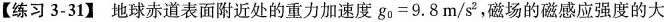
【练习3-31】地球赤道表面附近处的重力加速度$$g _ { 0 } = 9 . 8 m / s ^ { 2 }$$，磁场的磁感应强度的大